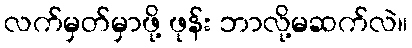
လက်မှတ်မှာဖို့ ဖုန်း ဘာလို့မဆက်လဲ။